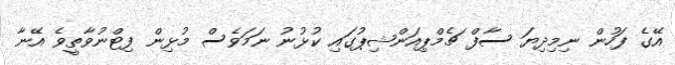
އޭގެ ފަހުން ނިމިދިޔަ ސާފް ޗެމްޕިއަންޝިޕުގައި ކުޅުނު ނަމަވެސް މުޅިން ފިޓްނުވާތީވެ އޭނާ